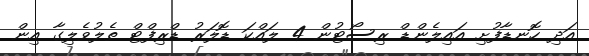
އަދި ހޮނޑާފުށި އައިލެންޑް ރިސޯޓުން 4 ލައްކަ ޑޮލަރު ޑްރިފްޓް ތެލުވެލިގާ އިން